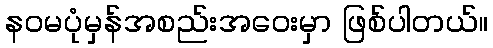
နဝမပုံမှန်အစည်းအဝေးမှာ ဖြစ်ပါတယ်။